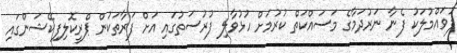
ފުވައްމުލަކު ފެނާ ނަރުދަމާގެ މަސައްކަތް ކުރުމަށް ހުޅުވާލި ފުރުސަތުގައި އަށް ފަރާތަކުން ޕްރީކޮލިފިކޭޝަންގައި